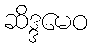
ဆိဒ္ဒမေဝ